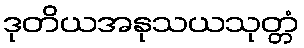
ဒုတိယအနုသယသုတ္တံ